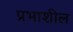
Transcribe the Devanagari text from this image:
प्रभाशील